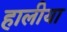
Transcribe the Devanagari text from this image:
हालीया